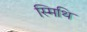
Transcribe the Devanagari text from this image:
स्मिथि